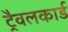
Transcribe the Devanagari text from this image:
ट्रैवलकार्ड